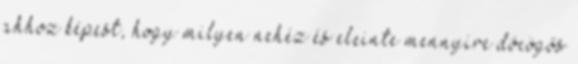
ahhoz képest, hogy milyen nehéz és eleinte mennyire döcögős